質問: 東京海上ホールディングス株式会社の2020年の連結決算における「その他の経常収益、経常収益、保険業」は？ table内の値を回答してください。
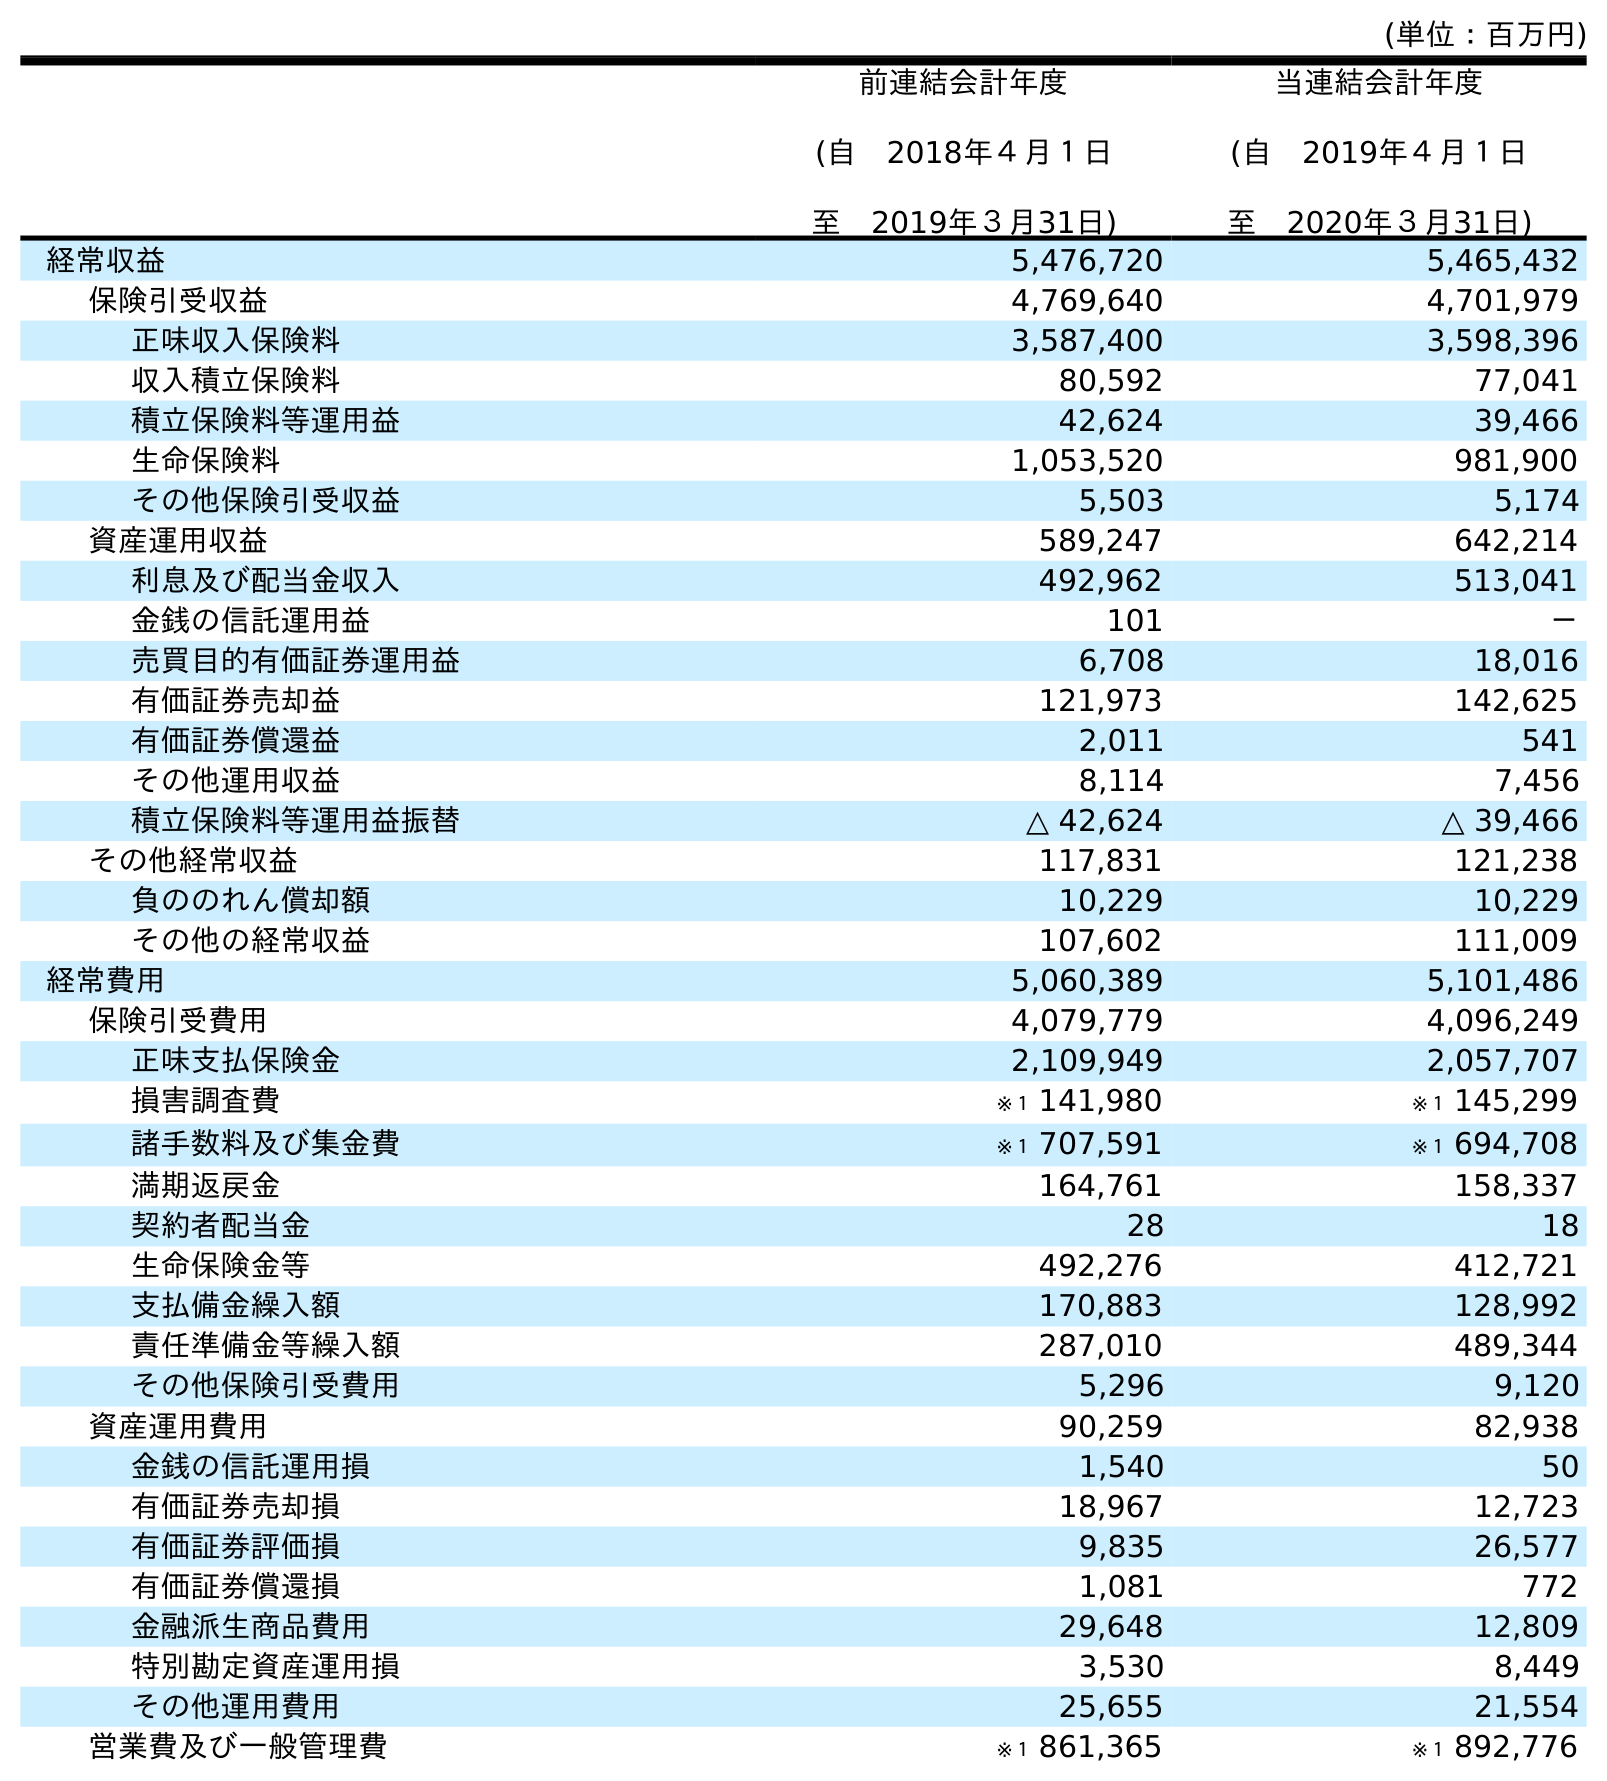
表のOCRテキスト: (単位：百万円) 前連結会計年度 (自 2018年４月１日 至 2019年３月31日) 当連結会計年度 (自 2019年４月１日 至 2020年３月31日) 経常収益 5,476,720 5,465,432 保険引受収益 4,769,640 4,701,979 正味収入保険料 3,587,400 3,598,396 収入積立保険料 80,592 77,041 積立保険料等運用益 42,624 39,466 生命保険料 1,053,520 981,900 その他保険引受収益 5,503 5,174 資産運用収益 589,247 642,214 利息及び配当金収入 492,962 513,041 金銭の信託運用益 101 － 売買目的有価証券運用益 6,708 18,016 有価証券売却益 121,973 142,625 有価証券償還益 2,011 541 その他運用収益 8,114 7,456 積立保険料等運用益振替 △ 42,624 △ 39,466 その他経常収益 117,831 121,238 負ののれん償却額 10,229 10,229 その他の経常収益 107,602 111,009 経常費用 5,060,389 5,101,486 保険引受費用 4,079,779 4,096,249 正味支払保険金 2,109,949 2,057,707 損害調査費 ※１ 141,980 ※１ 145,299 諸手数料及び集金費 ※１ 707,591 ※１ 694,708 満期返戻金 164,761 158,337 契約者配当金 28 18 生命保険金等 492,276 412,721 支払備金繰入額 170,883 128,992 責任準備金等繰入額 287,010 489,344 その他保険引受費用 5,296 9,120 資産運用費用 90,259 82,938 金銭の信託運用損 1,540 50 有価証券売却損 18,967 12,723 有価証券評価損 9,835 26,577 有価証券償還損 1,081 772 金融派生商品費用 29,648 12,809 特別勘定資産運用損 3,530 8,449 その他運用費用 25,655 21,554 営業費及び一般管理費 ※１ 861,365 ※１ 892,776
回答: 111,009